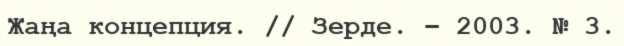
Жаңа концепция. // Зерде. – 2003. № 3.